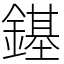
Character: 䥓